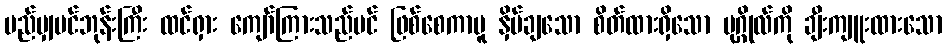
မည်မျှပင်ဘုန်းကြီး ထင်ရှား ကျော်ကြားသည်ပင် ဖြစ်စေကာမူ နှိမ်ချသော စိတ်ထားရှိသော ပုဂ္ဂိုလ်ကို ချီးကျူးထားသော